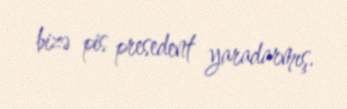
bizə pis presedent yaradarmış.